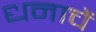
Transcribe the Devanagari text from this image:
धनाचें